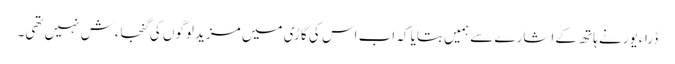
ڈراءیور نے ہاتھ کے اشارے سے ہمیں بتایا کہ اب اس کی گاڑی میں مزید لوگوں کی گنجاءش نہیں تھی۔